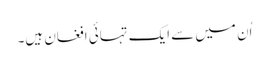
اُن میں سے ایک تہائی افغان ہیں۔